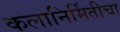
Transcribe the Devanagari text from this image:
कलानिर्मितीचा